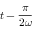
t - { \frac { \pi } { 2 \omega } }